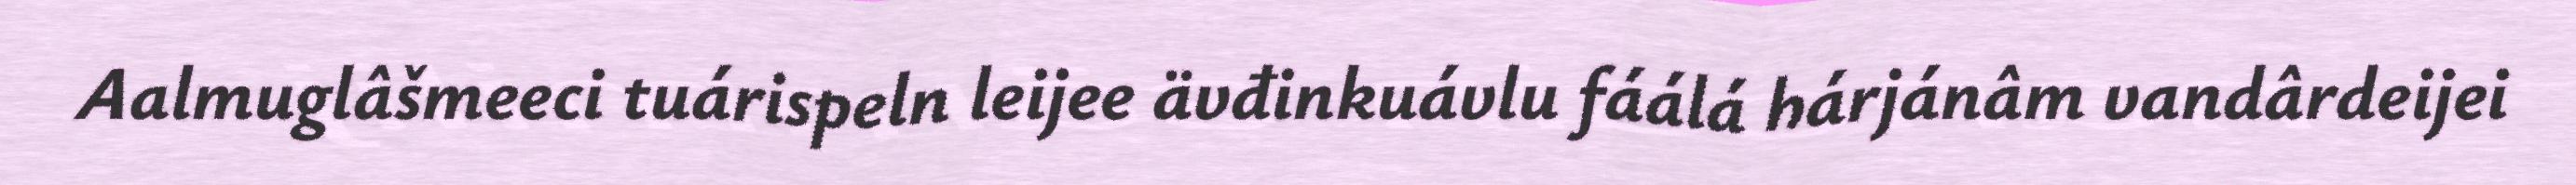
Aalmuglâšmeeci tuárispeln leijee ävđinkuávlu fáálá hárjánâm vandârdeijei